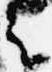
云